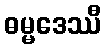
ဓမ္မဒေဿီ